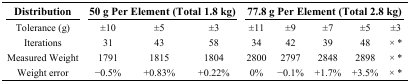
<table><thead><tr><td><b>Distribution</b></td><td colspan="3"><b>50 g Per Element (Total 1.8 kg)</b></td><td colspan="5"><b>77.8 g Per Element (Total 2.8 kg)</b></td></tr></thead><tbody><tr><td>Tolerance (g)</td><td>±10</td><td>±5</td><td>±3</td><td>±11</td><td>±9</td><td>±7</td><td>±5</td><td>±3</td></tr><tr><td>Iterations</td><td>31</td><td>43</td><td>58</td><td>34</td><td>42</td><td>39</td><td>48</td><td>× *</td></tr><tr><td>Measured Weight</td><td>1791</td><td>1815</td><td>1804</td><td>2800</td><td>2797</td><td>2848</td><td>2898</td><td>× *</td></tr><tr><td>Weight error</td><td>−0.5%</td><td>+0.83%</td><td>+0.22%</td><td>0%</td><td>−0.1%</td><td>+1.7%</td><td>+3.5%</td><td>× *</td></tr></tbody></table>